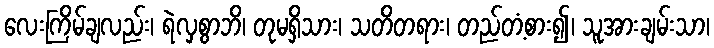
လေးကြိမ်ချလည်း၊ ရဲလှစွာဘိ၊ တုမရှိသား၊ သတိတရား၊ တည်တံ့စား၍၊ သူအားချမ်းသာ၊